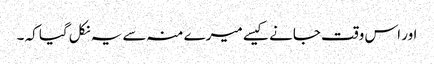
اور اس وقت جانے کیسے میرے منہ سے یہ نکل گیا کہ ۔